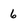
Character: 6